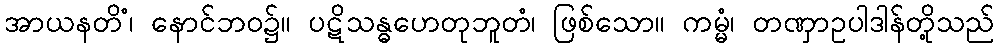
အာယနတိံ၊ နောင်ဘဝ၌။ ပဋိသန္ဓဟေတုဘူတံ၊ ဖြစ်သော။ ကမ္မံ၊ တဏှာဥပါဒါန်တို့သည်